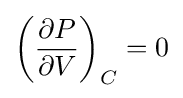
\left({\frac {\partial P}{\partial V}}\right)_{C}=0